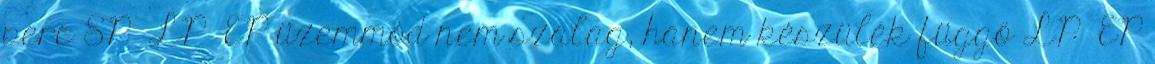
perc SP LP EP üzemmód nem szalag, hanem készülék függő LP EP